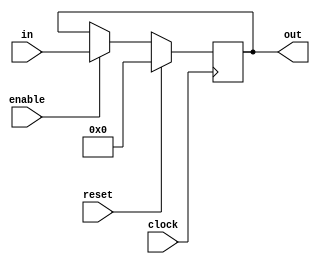
`timescale 1ns / 1ps
//////////////////////////////////////////////////////////////////////////////////
// Company: 
// Engineer: 
// 
// Design Name: 
// Module Name: Register
// Project Name: 
// Target Devices: 
// Tool Versions: 
// Description: 
// 
// Dependencies: 
// 
// Revision:
// Revision 0.01 - File Created
// Additional Comments:
// 
//////////////////////////////////////////////////////////////////////////////////


module Register(in, enable, reset, clock, out);
    parameter N = 6;
    input wire [N - 1 : 0] in;
    input wire enable;
    input wire reset;
    input wire clock;
    output reg [N - 1 : 0] out;
    always @(posedge clock)
   	begin
   		if (reset)
   			out <= 'b0;
   		else
   			if (enable)
   				out <= in;
   	end
endmodule